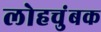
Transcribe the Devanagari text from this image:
लोहचुंबक